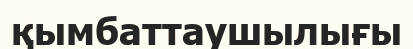
қымбаттаушылығы